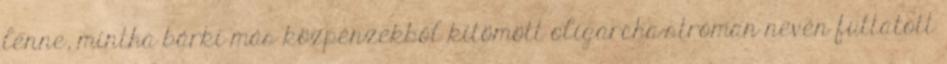
lenne, mintha bárki más közpénzekből kitömött oligarcha-stróman nevén futtatott